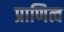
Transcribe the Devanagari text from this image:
प्राणित्व